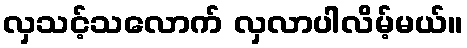
လှသင့်သလောက် လှလာပါလိမ့်မယ်။